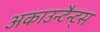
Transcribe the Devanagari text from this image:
अकाउन्टैन्ट्स